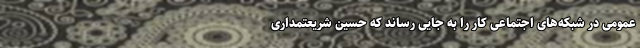
عمومی در شبکه‌های اجتماعی کار را به جایی رساند که حسین شریعتمداری